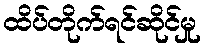
ထိပ်တိုက်ရင်ဆိုင်မှု